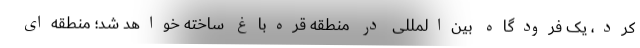
کرد، یک فرودگاه بین‌المللی در منطقه قره‌باغ ساخته خواهد شد؛ منطقه‌ای